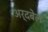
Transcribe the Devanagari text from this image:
अर्दबेल